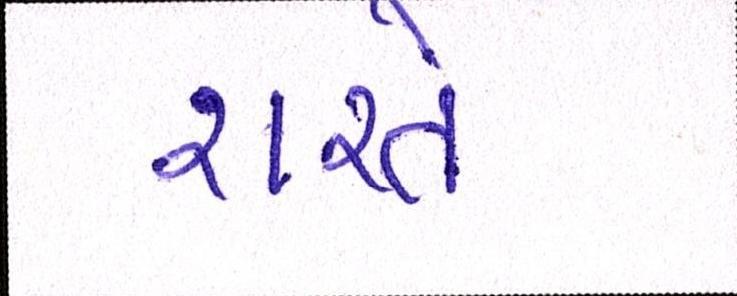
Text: શરતે